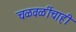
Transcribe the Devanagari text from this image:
चळवळींचाही